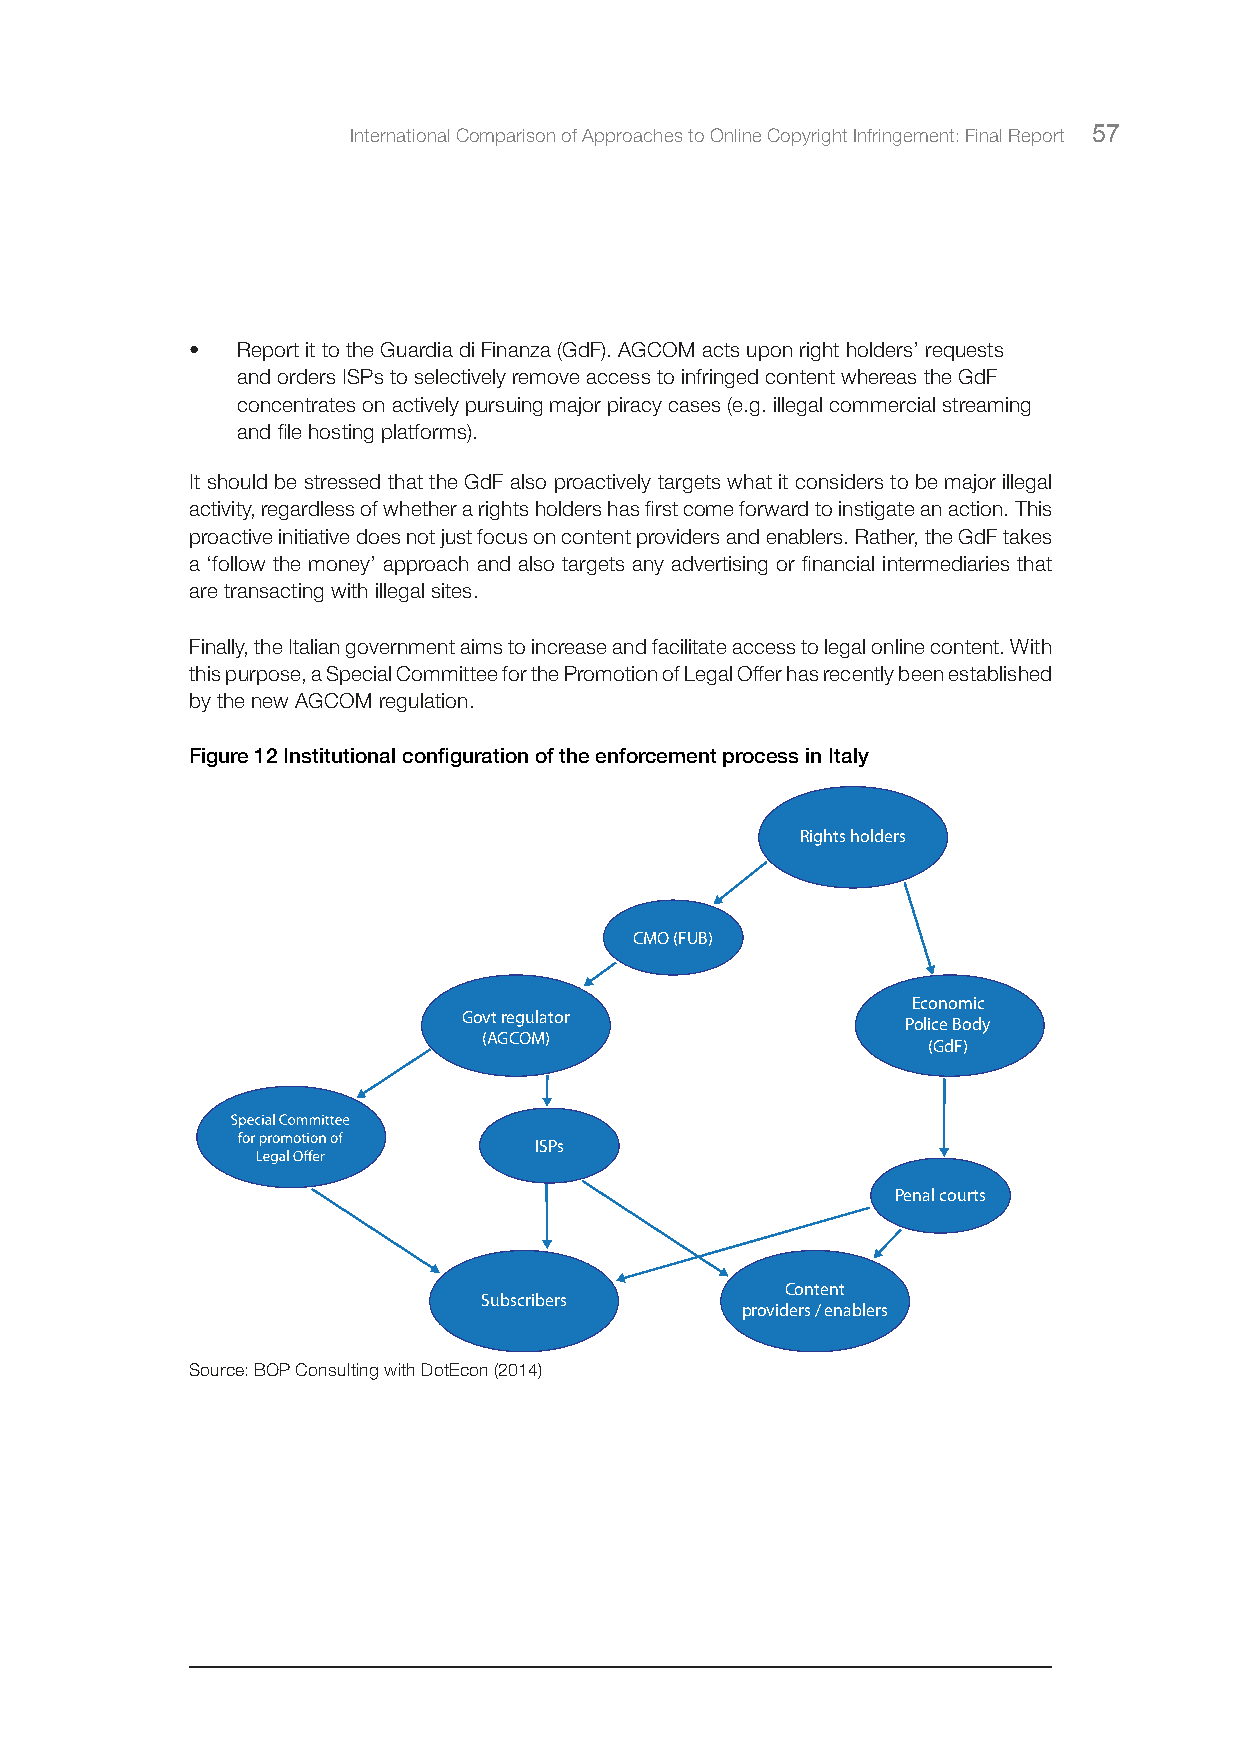
International Comparison of Approaches to Online Copyright Infringement: Final Report 57
 •  Report it to the Guardia di Finanza (GdF). AGCOM acts upon right holders’ requests
 and orders ISPs to selectively remove access to infringed content whereas the GdF
 concentrates on actively pursuing major piracy cases (e.g. illegal commercial streaming
 and file hosting platforms).
 It should be stressed that the GdF also proactively targets what it considers to be major illegal
 activity, regardless of whether a rights holders has first come forward to instigate an action. This
 proactive initiative does not just focus on content providers and enablers. Rather, the GdF takes
 a ‘follow the money’ approach and also targets any advertising or financial intermediaries that
 are transacting with illegal sites.
 Finally, the Italian government aims to increase and facilitate access to legal online content. With
 this purpose, a Special Committee for the Promotion of Legal Offer has recently been established
 by the new AGCOM regulation.
 Figure 12 Institutional configuration of the enforcement process in Italy
 Rights holders
 CMO (FUB)
 Economic
 Govt regulator
 Police Body
 (AGCOM)
 (GdF)
 ISPs
 Penal courts
 Content
 Subscribers
 providers / enablers
 Source: BOP Consulting with DotEcon (2014)